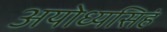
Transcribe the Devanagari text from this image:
अयोध्यसिहं